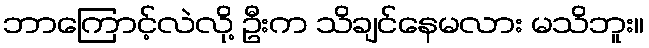
ဘာကြောင့်လဲလို့ ဦးက သိချင်နေမလား မသိဘူး။